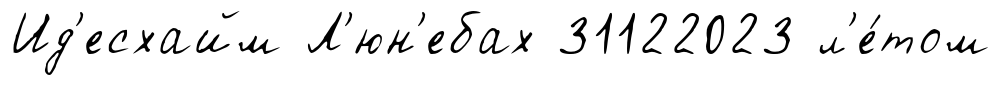
Ид'есхайм Л'юн'ебах 31122023 л'е́том